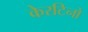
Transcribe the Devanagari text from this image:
केरटिनो